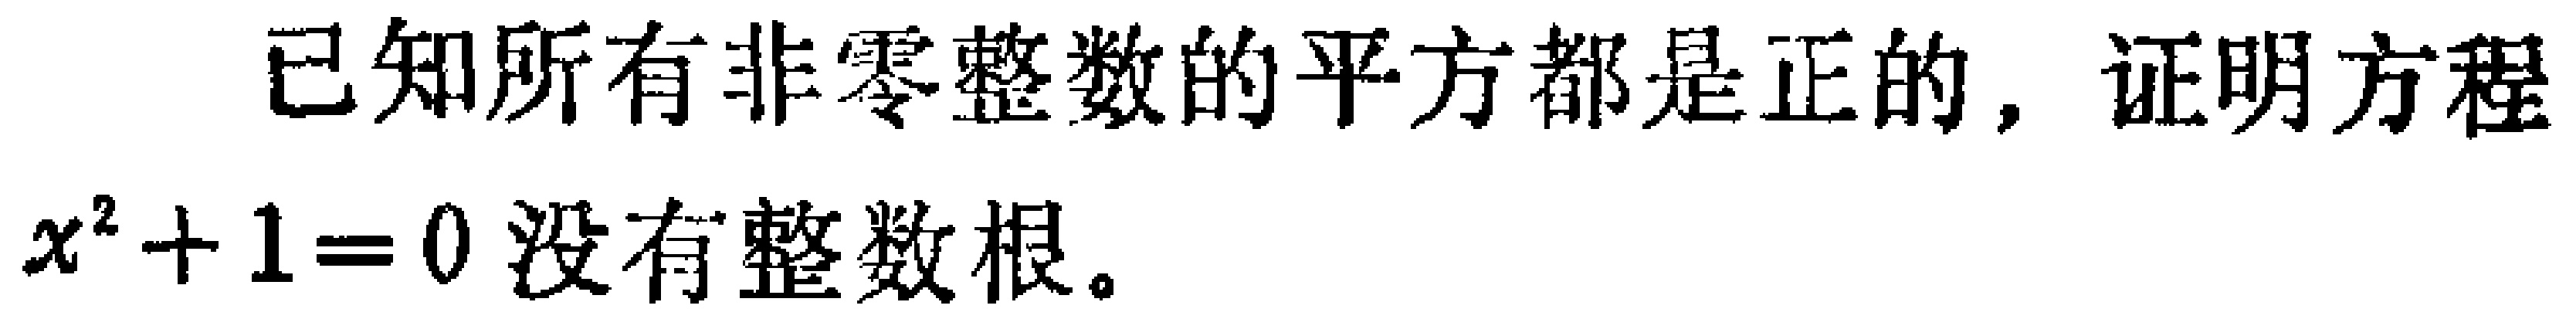
已知所有非零整数的平方都是正的，证明方程
\(x^{2}+1 = 0\)没有整数根。